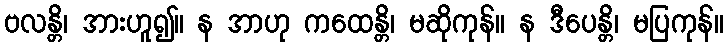
ဗလန္တိ၊ အားဟူ၍။ န အာဟု ကထေန္တိ၊ မဆိုကုန်။ န ဒီပေန္တိ၊ မပြကုန်။